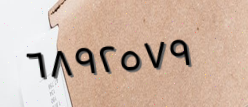
٦٨٩٢٥٧٩